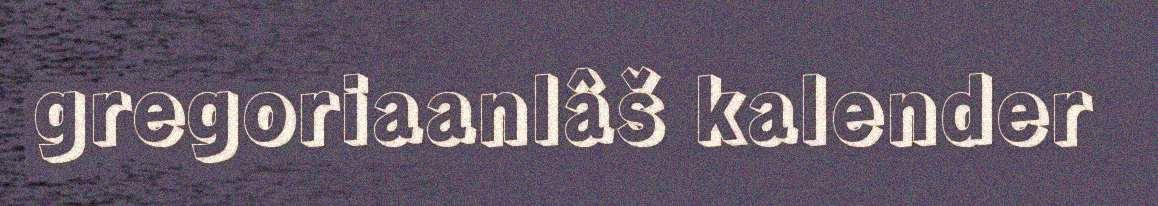
gregoriaanlâš kalender